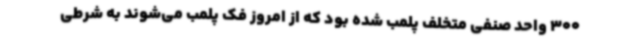
300 واحد صنفی متخلف پلمب شده بود که از امروز فک پلمب می‌شوند به شرطی